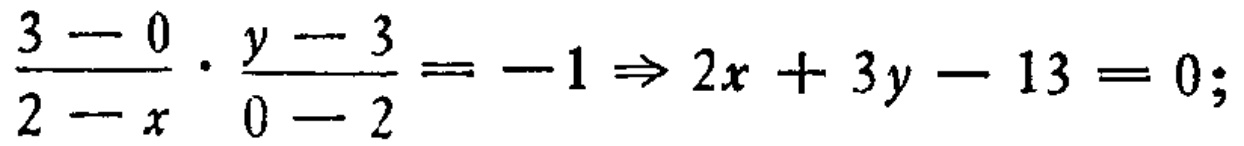
$\frac{3 - 0}{2 - x}\cdot\frac{y - 3}{0 - 2} = -1\Rightarrow 2x + 3y - 13 = 0;$